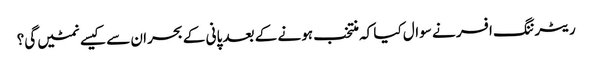
ریٹرننگ افسر نے سوال کیا کہ منتخب ہونے کے بعد پانی کے بحران سے کیسے نمٹیں گی؟